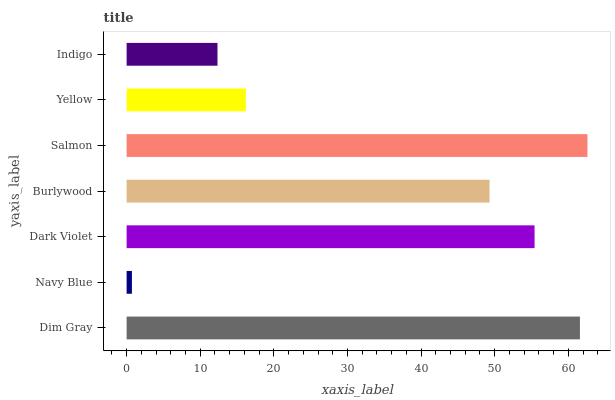
| yaxis_label | bars |
 | --- | --- |
 | Dim Gray | 61.6 |
 | Navy Blue | 0.719 |
 | Dark Violet | 55.4 |
 | Burlywood | 49.3 |
 | Salmon | 62.6 |
 | Yellow | 16.2 |
 | Indigo | 12.3 |